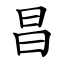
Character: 昌